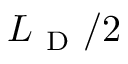
L _ { \mathrm { ~ D ~ } } / 2